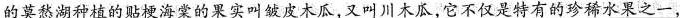
的莫愁湖种植的贴梗海棠的果实叫破皮木瓜，又叫川木瓜，它不仅是特有的珍稀水果之一，